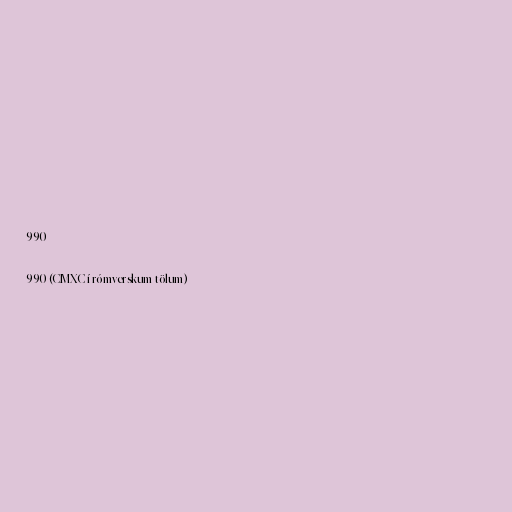
990

990 (CMXC í rómverskum tölum)